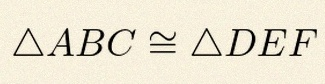
\triangle ABC\cong\triangle DEF